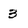
Character: 3